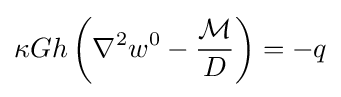
\kappa Gh\left(\nabla ^{2}w^{0}-{\frac {\mathcal {M}}{D}}\right)=-q